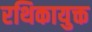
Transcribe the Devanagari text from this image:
रथिकायुक्त